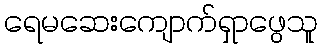
ရေမဆေးကျောက်ရှာဖွေသူ